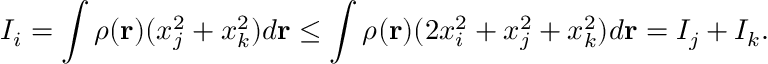
I _ { i } = \int \rho ( { \bf r } ) ( x _ { j } ^ { 2 } + x _ { k } ^ { 2 } ) d { \bf r } \leq \int \rho ( { \bf r } ) ( 2 x _ { i } ^ { 2 } + x _ { j } ^ { 2 } + x _ { k } ^ { 2 } ) d { \bf r } = I _ { j } + I _ { k } .